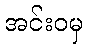
အင်းဝမှ